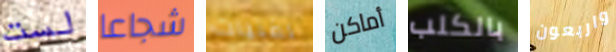
لست شجاعا لفتيات أماكن بالكلب واربعون